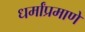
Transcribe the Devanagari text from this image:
धर्मांप्रमाणे